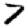
Digit: 7